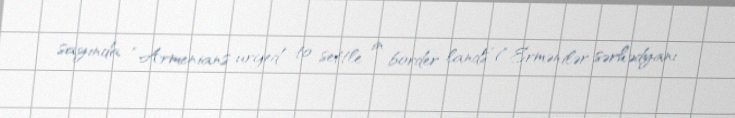
sayında “Armenians urged to settle in border lands”(“Ermənilər sərhədyanı